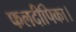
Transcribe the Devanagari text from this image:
फलदीपिका।